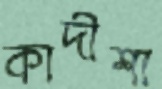
কাদীশা